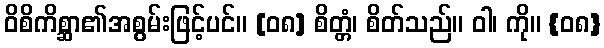
ဝိစိကိစ္ဆာ၏အစွမ်းဖြင့်ပင်။ [၀၈] စိတ္တံ၊ စိတ်သည်။ ဝါ၊ ကို။ {၀၈}